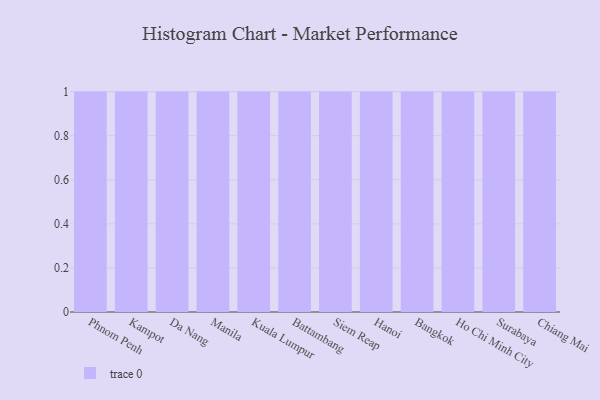
{"axis": {"x": "City", "y": "LTV (USD)"}, "legend": [""], "data": [{"x": "Phnom Penh", "y": 12, "type": ""}, {"x": "Kampot", "y": 91, "type": ""}, {"x": "Da Nang", "y": 3, "type": ""}, {"x": "Manila", "y": 59, "type": ""}, {"x": "Kuala Lumpur", "y": 40, "type": ""}, {"x": "Battambang", "y": 22, "type": ""}, {"x": "Siem Reap", "y": 31, "type": ""}, {"x": "Hanoi", "y": 81, "type": ""}, {"x": "Bangkok", "y": 87, "type": ""}, {"x": "Ho Chi Minh City", "y": 79, "type": ""}, {"x": "Surabaya", "y": 59, "type": ""}, {"x": "Chiang Mai", "y": 74, "type": ""}]}